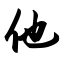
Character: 他